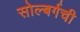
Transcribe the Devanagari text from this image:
सोल्बर्गची